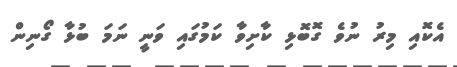
އެކޮއި މިރު ނުވެ ގޮބޮޅި ކާށިވާ ކަމުގައި ވަނީ ނަމަ ބުޅާ ގޯނިން